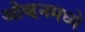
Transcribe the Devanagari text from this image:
ओव्हनमध्ये